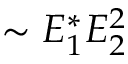
\sim E _ { 1 } ^ { * } E _ { 2 } ^ { 2 }